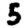
Digit: 5